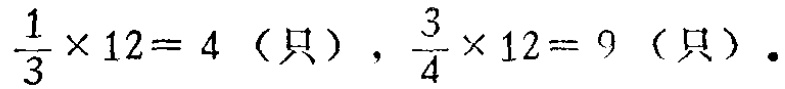
$\frac{1}{3} \times 12 = 4 \text{（只）}，\frac{3}{4} \times 12 = 9 \text{（只）}.$